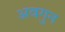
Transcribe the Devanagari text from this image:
अवगुन